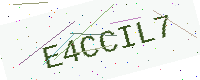
Text: E4CCIL7